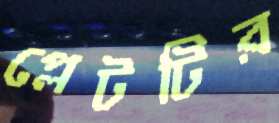
প্লেটটির